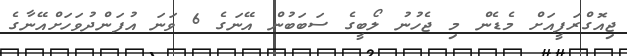
ޖިއޮގްރަފީއަށް މެޑެން މި ޖެހުނު ލޯބީގެ ސަބަބުން އޭނަގެ 6 ވަނަ އުފަންދުވަހަށްއޭނާގެ